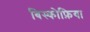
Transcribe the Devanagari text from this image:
बिस्कोफ़िया